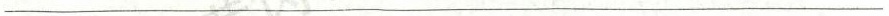
___